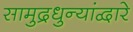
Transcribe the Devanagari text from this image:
सामुद्रधुन्यांद्वारे